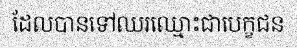
ដែលបានទៅឈរឈ្មោះជាបេក្ខជន